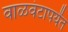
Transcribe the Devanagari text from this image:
वाळवंटापर्यंत